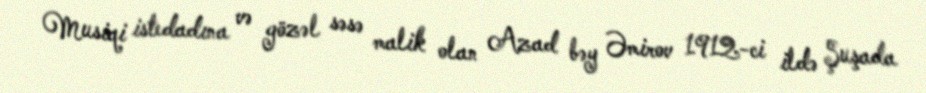
Musiqi istedadına və gözəl səsə malik olan Azad bəy Əmirov 1912-ci ildə Şuşada